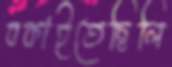
বকাইতেছিলি